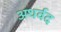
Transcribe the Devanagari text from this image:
अथर्वद